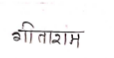
मजकूर: गीताराम